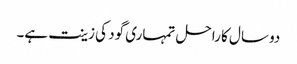
دو سال کا راحل تمہاری گود کی زینت ہے۔